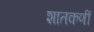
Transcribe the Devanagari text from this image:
शातकणीं